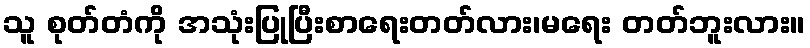
သူ စုတ်တံကို အသုံးပြုပြီးစာရေးတတ်လား၊မရေး တတ်ဘူးလား။